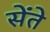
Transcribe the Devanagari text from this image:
सेंते